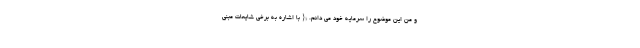
و من این موضوع را سرمایه خود می دانم. *{ با اشاره به برخی شایعات مبنی